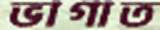
ভাগাত